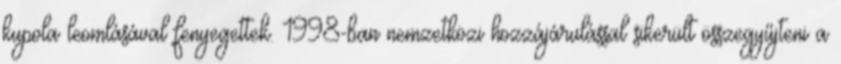
kupola leomlásával fenyegettek. 1998-ban nemzetközi hozzájárulással sikerült összegyűjteni a